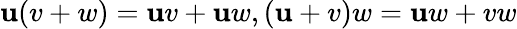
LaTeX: \mathbf{u}(v+w)=\mathbf{u}v+\mathbf{u}w,(\mathbf{u}+v)w=\mathbf{u}w+vw